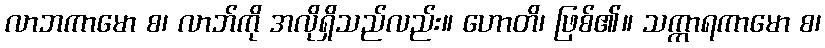
လာဘကာမော စ၊ လာဘ်ကို အလိုရှိသည်လည်း။ ဟောတိ၊ ဖြစ်၏။ သက္ကာရကာမော စ၊